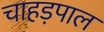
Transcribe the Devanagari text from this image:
चाहड़पाल